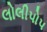
લોલીપોપ